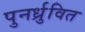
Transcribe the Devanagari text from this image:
पुनर्ध्रुवित